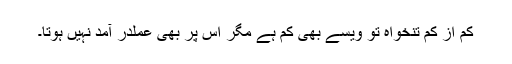
کم از کم تنخواہ تو ویسے بھی کم ہے مگر اس پر بھی عملدر آمد نہیں ہوتا۔